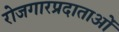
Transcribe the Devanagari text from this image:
रोजगारप्रदाताओं